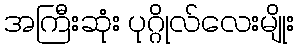
အကြီးဆုံး ပုဂ္ဂိုလ်လေးမျိုး